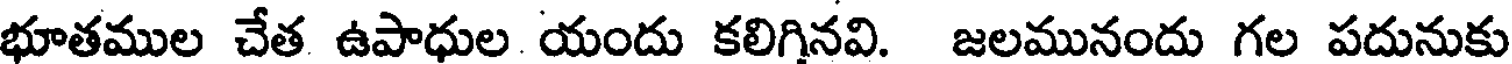
భూతముల చేత ఉపాధుల యందు కలిగినవి. జలమునందు గల పదునుకు